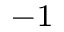
^ { - 1 }